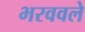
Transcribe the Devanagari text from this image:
भरववले